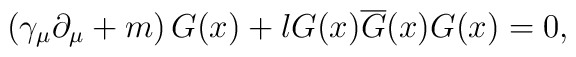
\left( \gamma _\mu \partial _\mu +m\right)G(x)+lG(x)\overline{G}(x)G(x)=0  ,